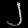
Digit: ၂